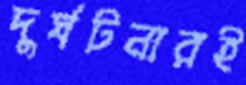
দুর্ঘটনারই